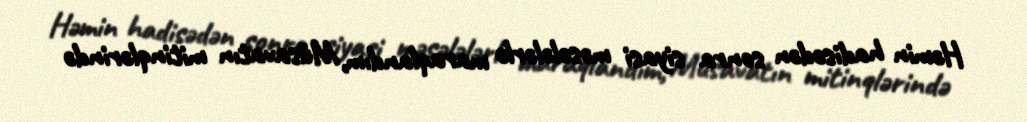
Həmin hadisədən sonra siyasi məsələlərlə maraqlandım, Müsavatın mitinqlərində